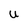
Character: U